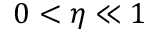
0 < \eta \ll 1